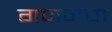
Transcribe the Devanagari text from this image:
गणनेचा